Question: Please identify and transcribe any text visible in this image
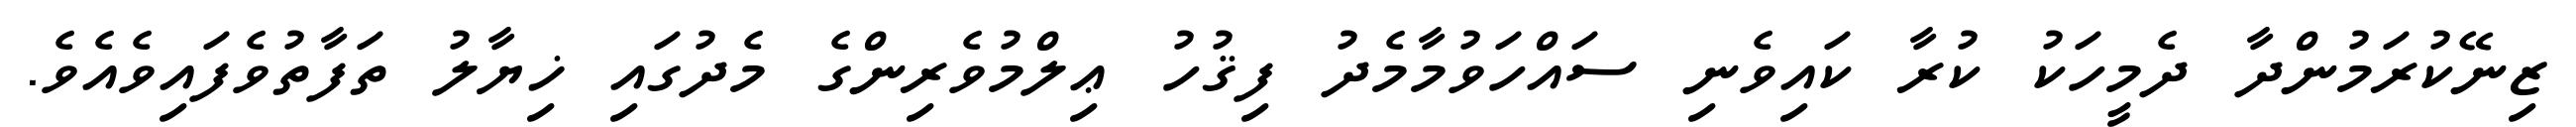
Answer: ޒިނޭކުރަމުންދާ ދެމީހަކު ކުރާ ކައިވެނި ސައްހަވުމާމެދު ފިޤުހު ޢިލްމުވެރިންގެ މެދުގައި ޚިޔާލު ތަފާތުވެފައިވެއެވެ.